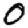
Digit: 0